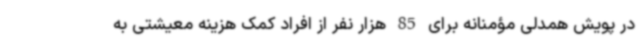
در پویش همدلی مؤمنانه برای 85 هزار نفر از افراد کمک هزینه معیشتی به